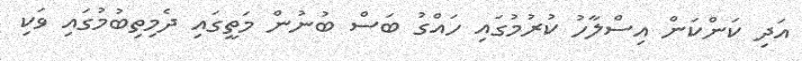
އަދި ކަންކަން އިސްލާހު ކުރުމުގައި ހައްގު ބަސް ބުނުން މަތީގައި ދެމިތިބުމުގައި ވަކި